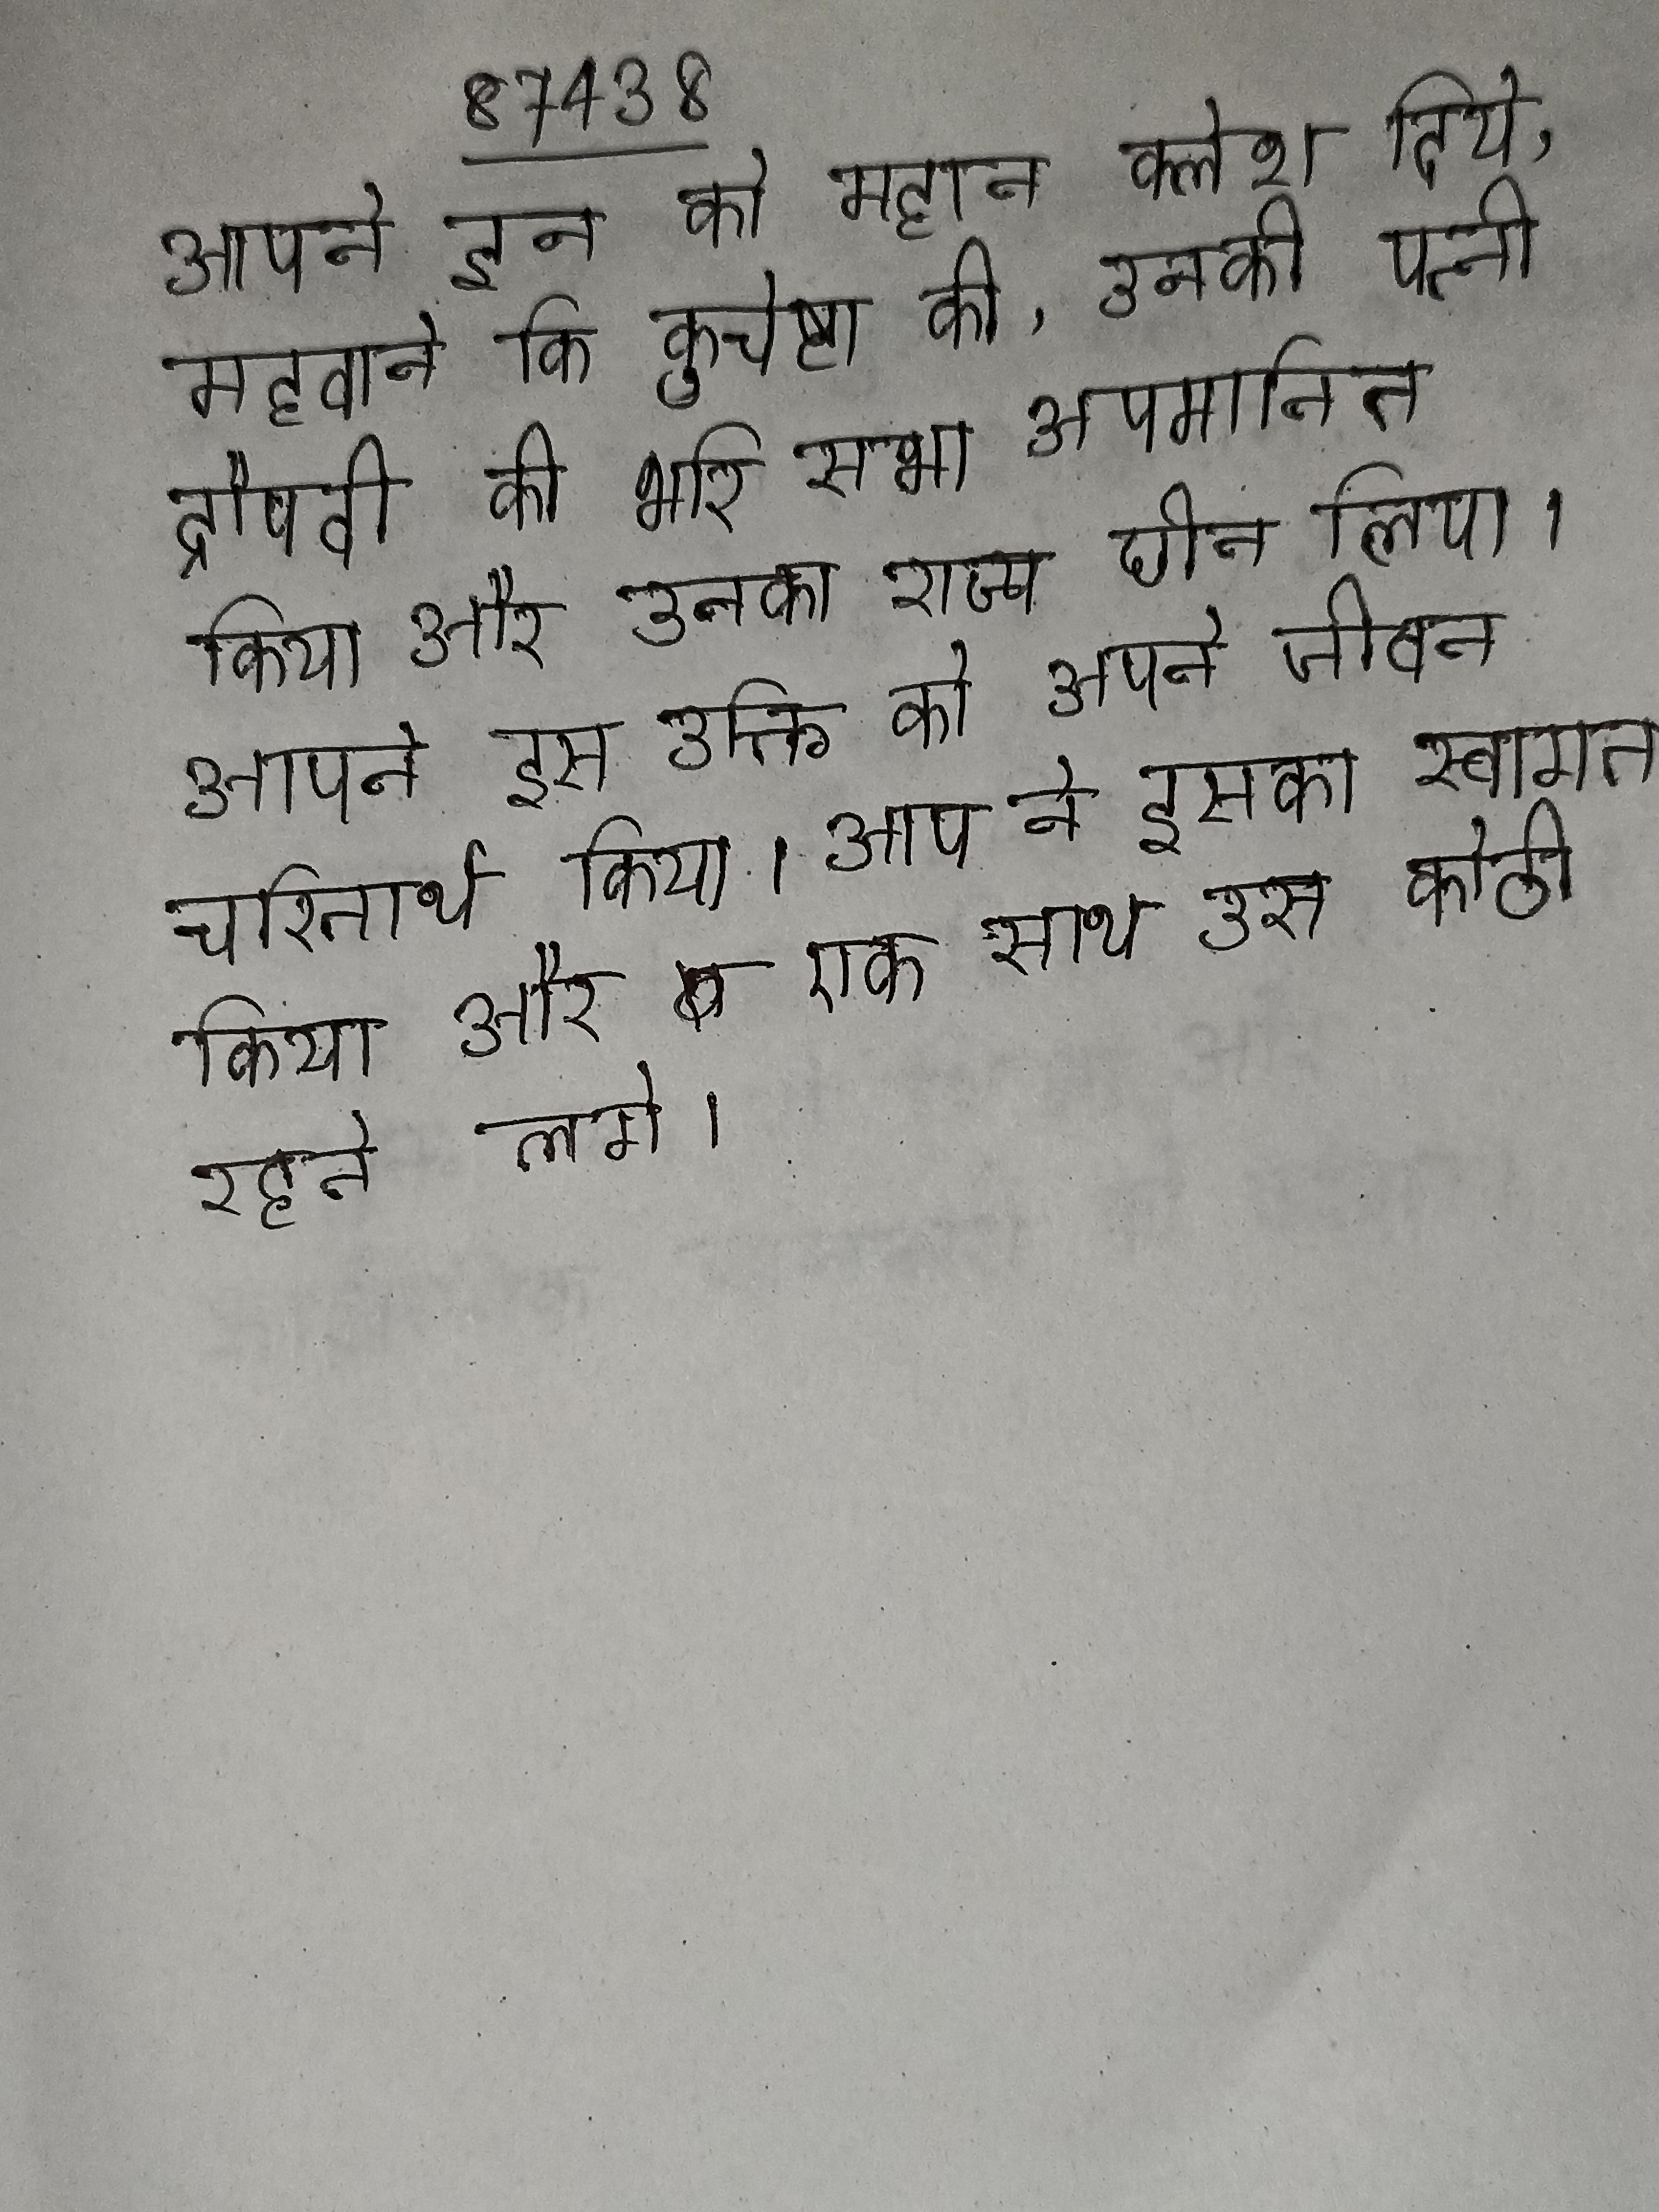
आपने इन को महान क्लेश दिये, मरवाने कि कुचेष्टा की, उनकी पत्नी द्रौपदी को भरि सभा अपमानित किया और उनका राज्य छीन लिया । आपने इस उक्ति को अपने जीवन चरितार्थ किया । आप ने इसका स्वागत किया और एक साथ उस कोठी रहने लगे ।